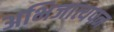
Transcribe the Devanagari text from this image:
अभिजात्यपन